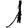
Digit: 1